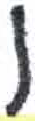
אות: ן